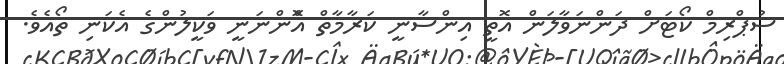
ސުޕްރިމް ކޯޓަށް ދަންނަވާލަން އޮތީ އިންސާނީ ކަރާމާތް އޮްންނަނީ ވަކީލުންގެ އެކަނި ތޯއެވެ.